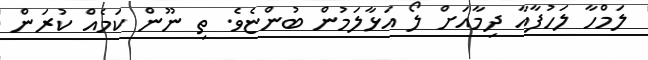
ލަމްހާ ލަހުފާއާ ދިމާއަށް ލޯ އަޅާލަމުން ބުންޏެވެ. ތި ނޫން ކަމެއް ކުރަން